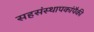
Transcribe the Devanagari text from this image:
सहसंस्थापकांपैकी